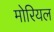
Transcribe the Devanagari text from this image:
मोरियल